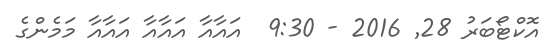
އޮކްޓޯބަރު 28